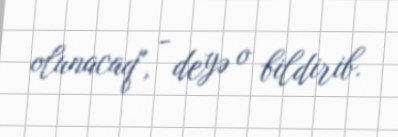
olunacaq", - deyə o bildirib.